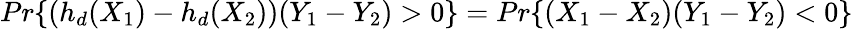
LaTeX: Pr\{ (h_{d}(X_{1})-h_{d}(X_{2}))(Y_{1}-Y_{2})>0\} =Pr\{ (X_{1}-X_{2})(Y_{1}-Y_{2})<0\}